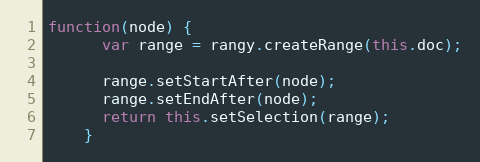
Language: JavaScript
function(node) {
      var range = rangy.createRange(this.doc);

      range.setStartAfter(node);
      range.setEndAfter(node);
      return this.setSelection(range);
    }